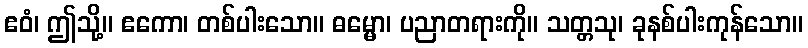
ဧဝံ၊ ဤသို့။ ဧကော၊ တစ်ပါးသော။ ဓမ္မော၊ ပညာတရားကို။ သတ္တသု၊ ခုနစ်ပါးကုန်သော။